Virumaa_algkoolid, lk 3
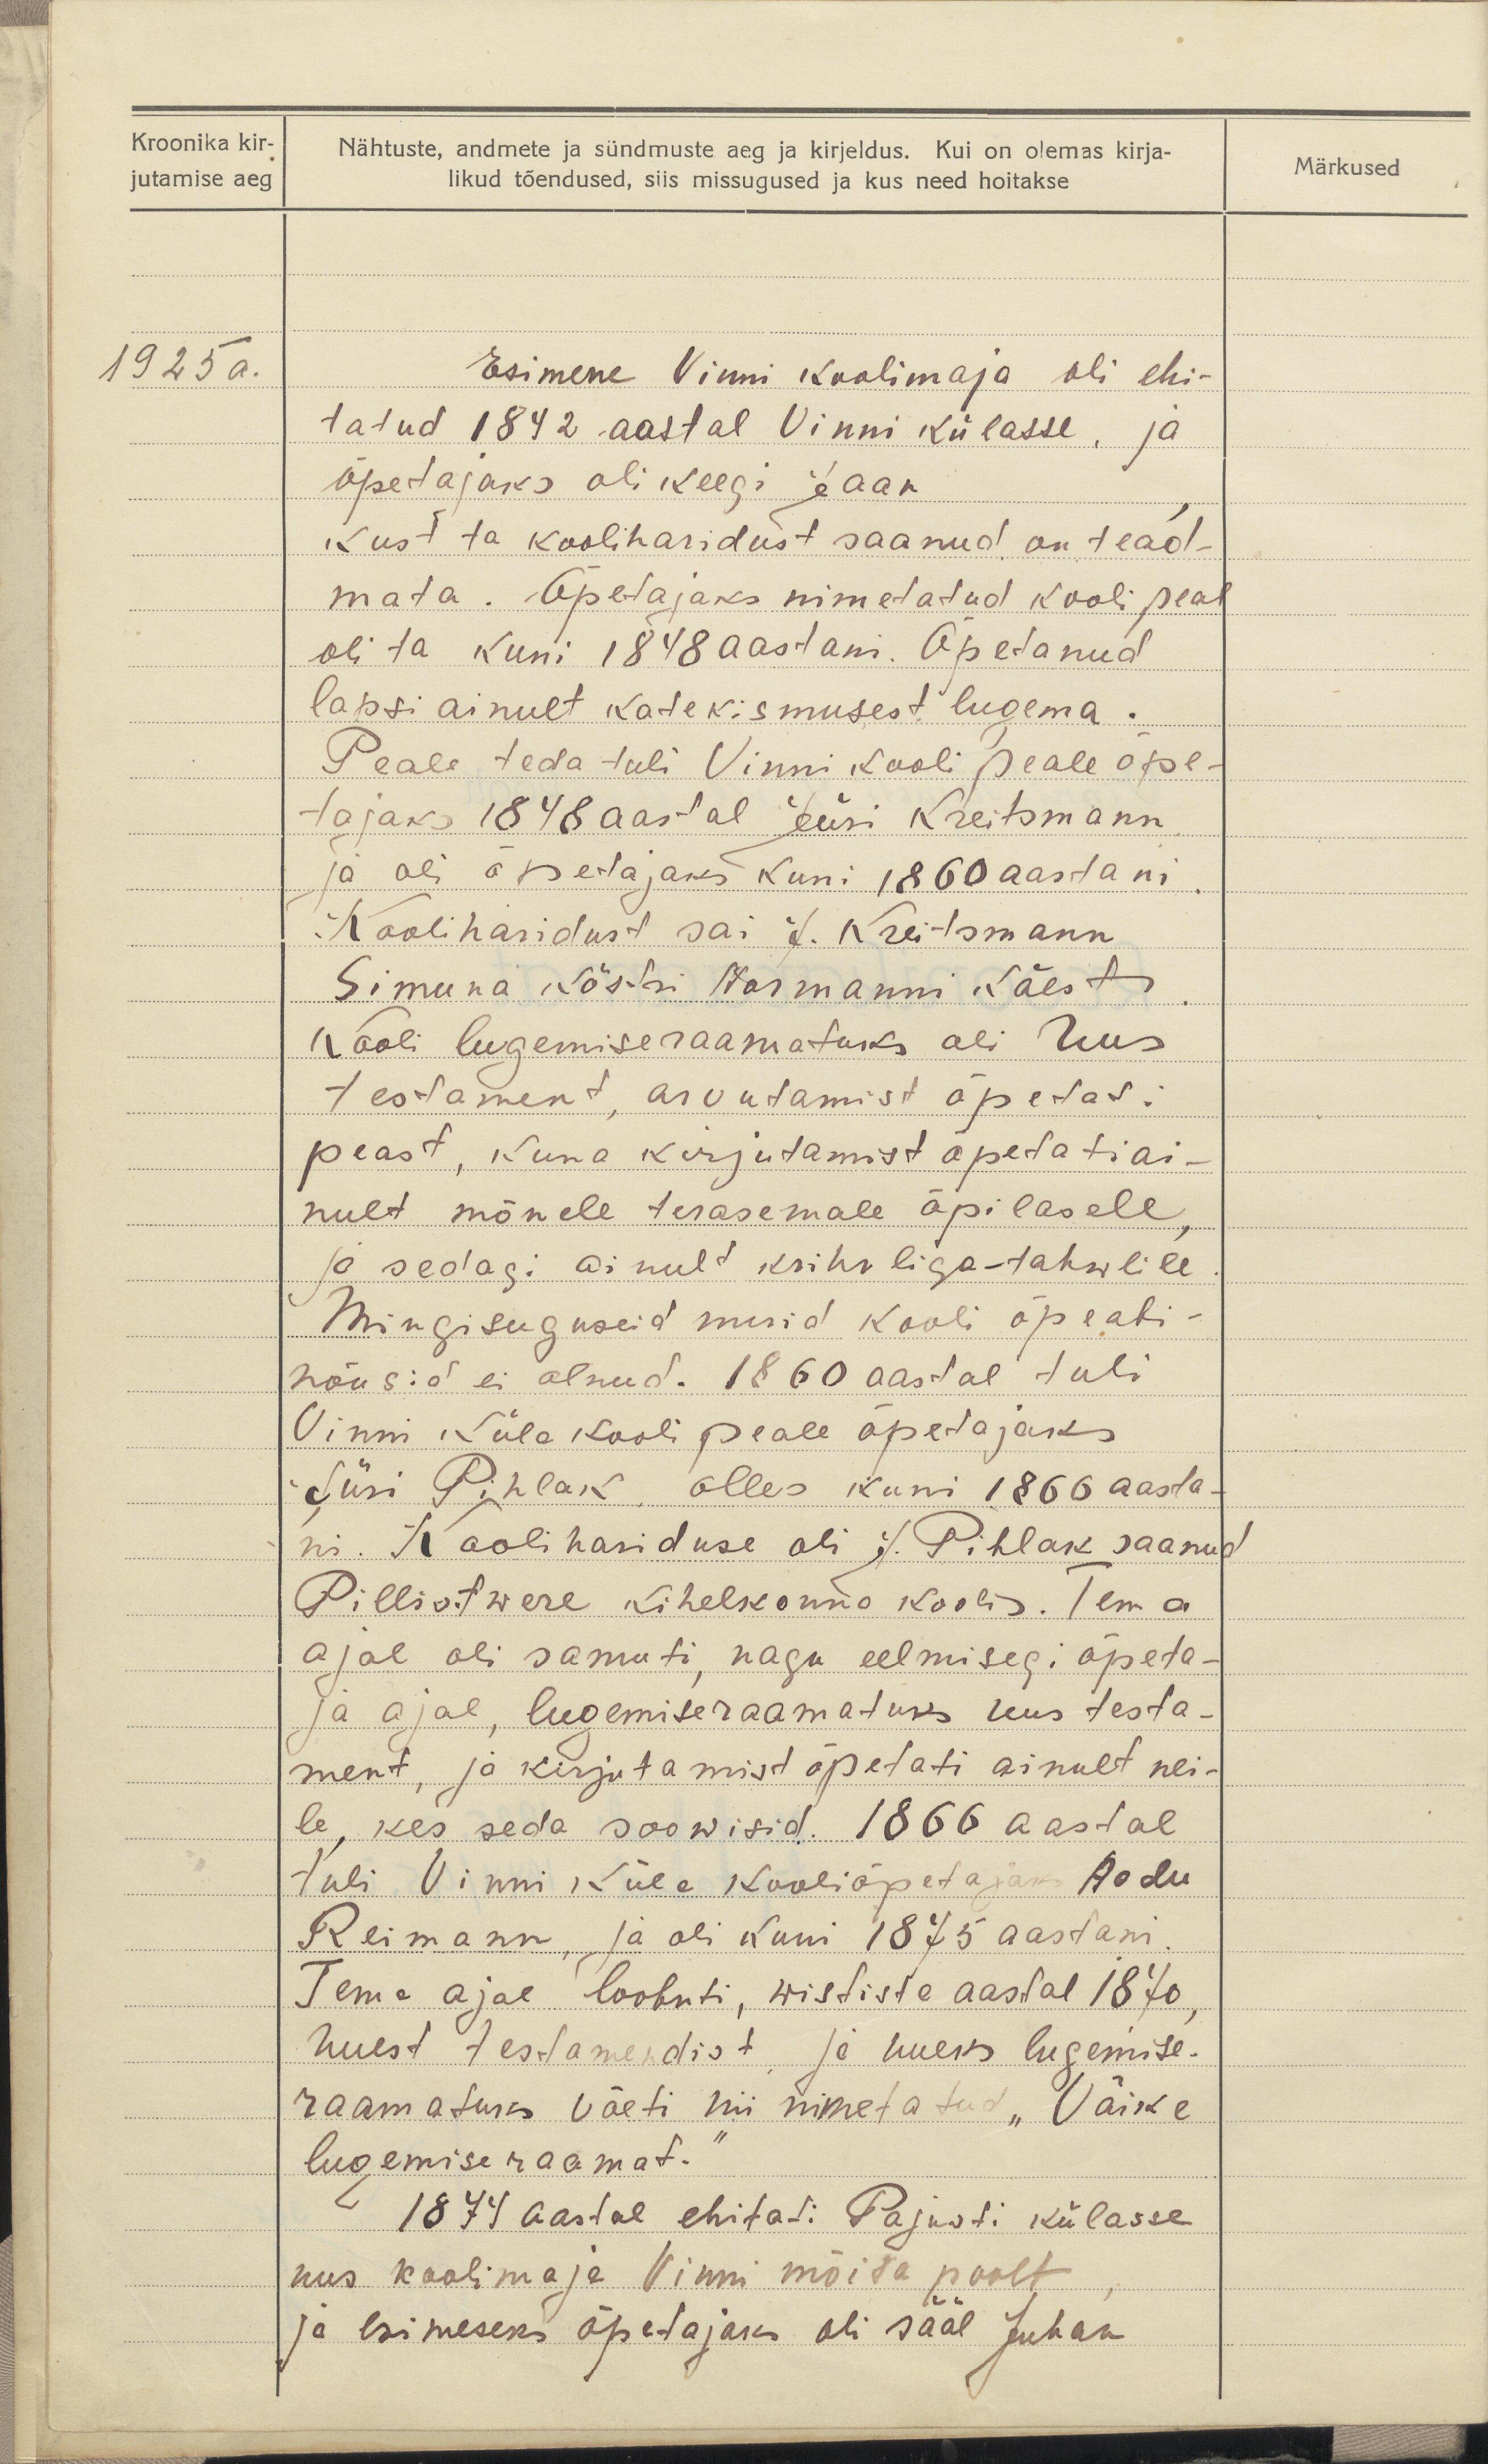
Kroonika kir-
jutamise aeg
1925 a.

Märkused

Nähtuste, andmete ja sündmuste aeg ja kirjeldus. Kui on olemas kirja-
likud tõendused, siis missugused ja kus need hoitakse
Esimene Vinni Koolimaja oli ehi-
tatud 1842 aastal Vinni külasse, ja
õpetajaks oli keegi Jaan
Kust ta kooliharidust saanud, on tead-
mata. Õpetajaks nimetatud kooli peal
oli ta kuni 1848 aastani. Õpetanud
lapsi ainult katekismusest lugema.
Peale teda tuli Vinni kooli peale õpe-
tajaks 1848 aastal Jüri Kreitsmann
ja oli õpetajaks kuni 1860 aastani.
Kooliharidust sai J. Kreitsmann
Simuna köstri Normanni käest.
Kooli lugemise raamatuks oli Uus
testament, arvutamist õpetati
peast, kuna kirjutamist õpetati ai-
nult mõnele terasemale õpilasele
ja sedagi ainult krihvliga-tahwlile
Mingisuguseid muid kooli õpeabi-
nõusid ei olnud. 1860 aastal tuli
Vinni küla kooli peale õpetajaks
Jüri Pihlak, olles kuni 1866 aasta-
ni. Koolihariduse oli J. Pihlak saanud
Pillistwere kihelkonna koolis. Tema
ajal oli samuti, nagu eelmisegi õpeta-
ja ajal, lugemiseraamatuks Uus testa-
ment, ja kirjutamist õpetati ainult nei-
le, kes seda soowisid. 1866 aastal
tuli Vinni küla kooliõpetajaks Aadu
Reimann, ja oli kuni 1875 aastani.
Tema ajal loobuti, wististe aastal 1870
Uuest testamendist ja hueks lugemise-
raamatuks võeti nii nimetatud "Väike
lugemise raamat."
1874 aastal ehitati Pajusti külasse
uus koolimaja Vinni mõisa poolt
ja esimeseks õpetajaks oli sääl Juhan